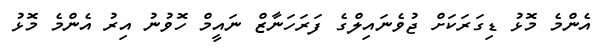
އެންމެ މޮޅު ޑިގަރަކަށް ޖުވެނައިލްގެ ފަރަހަނާޒް ނައީމް ހޮވުނު އިރު އެންމެ މޮޅު